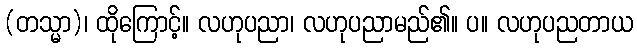
(တသ္မာ)၊ ထိုကြောင့်။ လဟုပညာ၊ လဟုပညာမည်၏။ ပ။ လဟုပညတာယ